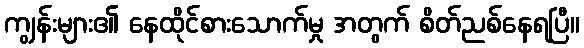
ကျွန်းများ၏ နေထိုင်စားသောက်မှု အတွက် စိတ်ညစ်နေရပြီ။